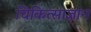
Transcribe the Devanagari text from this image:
चिकित्साज्ञान